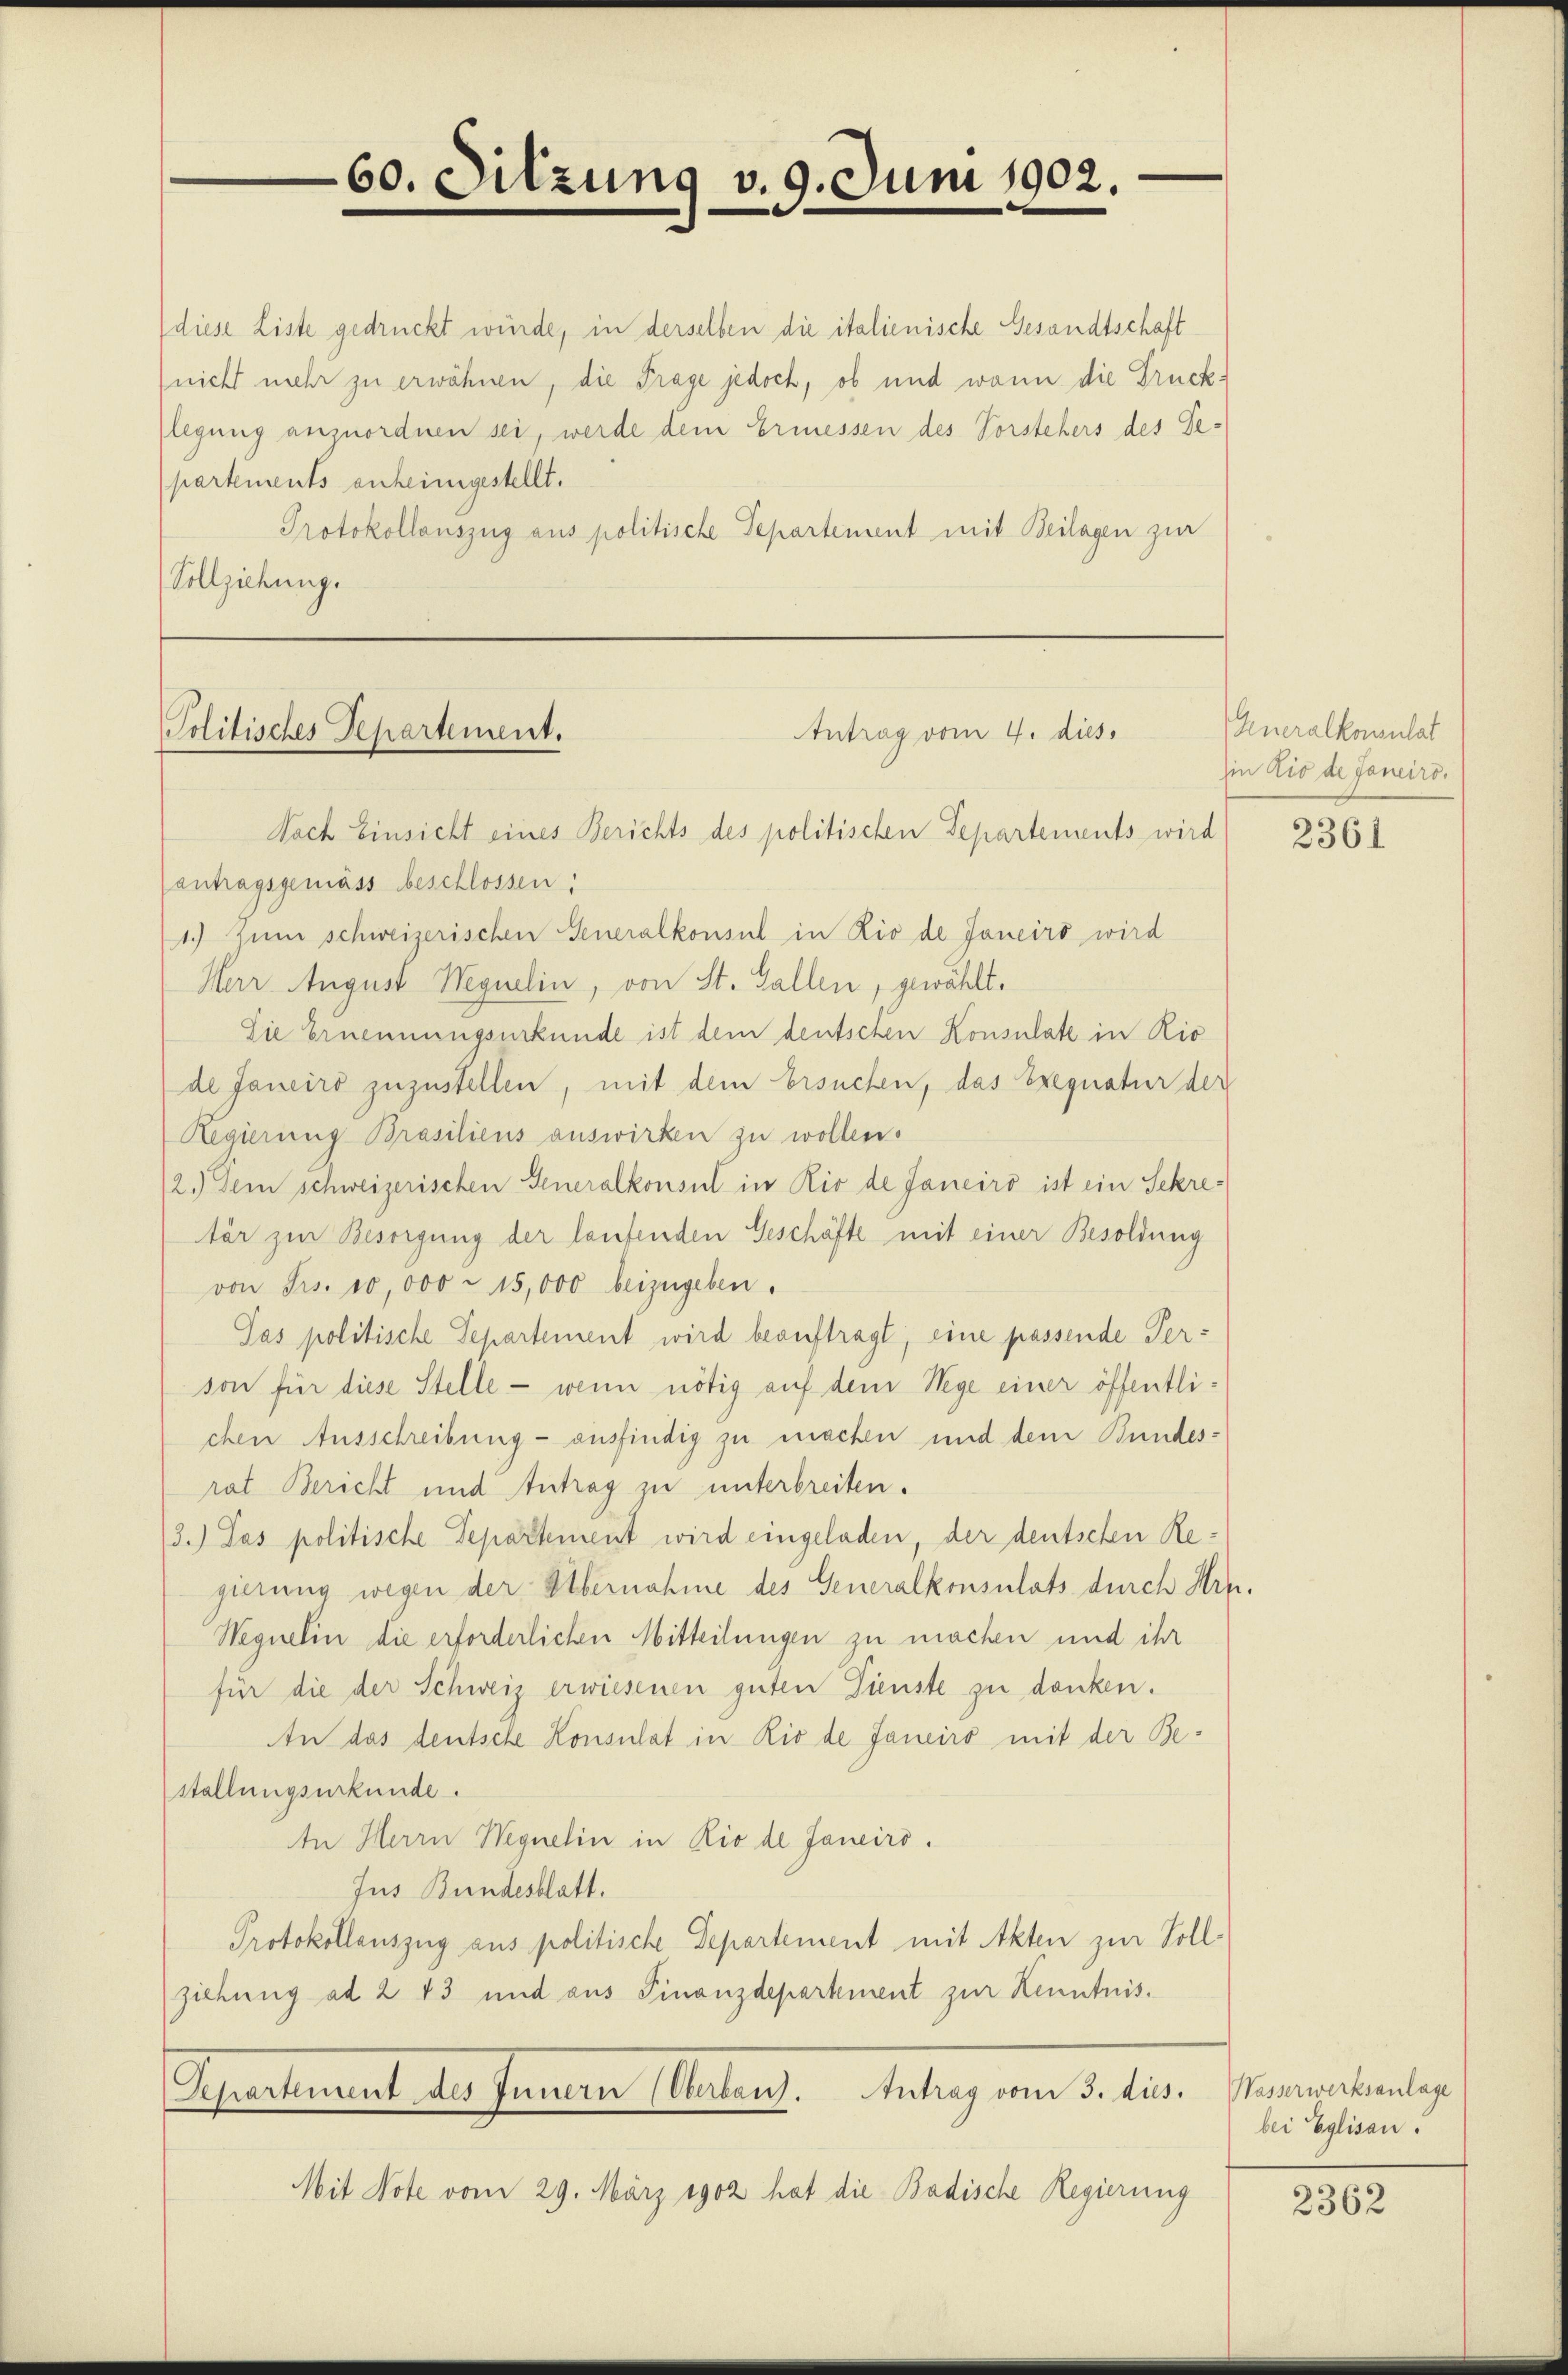
(diese Liste gedruckt würde, in derselben die italienische Gesandtschaft
nicht mehr zu erwähnen, die Frage jedoch, ob und wann die Drucklegung anzuordnen sei, werde dem Ermessen des Vorstehers des Departements anheimgestellt.
Protokollauszug aus politische Departement mit Beilagen zur
Vollziehung.

Politisches Departement.
Antrag vom 4. dies
Nach Einsicht eines Berichts des politischen Departements wird

60. Sitzung v. 9. Juni 1902.
e

antragsgemäss beschlossen:
1.) Zum schweizerischen Generalkonsul in Lio de Janeiro wird
Herr August Weguelin, von St. Gallen, gewählt.
Die Ernennungsurkunde ist dem deutschen Konsulate in Rio
de Janeiro zuzustellen, mit dem Ersuchen, das Exequatur der
Regierung Brasiliens auswirken zu wollen.
2.) Dem schweizerischen Generalkonsul in Rio de Janeiro ist ein Sekretär zur Besorgung der laufenden Geschäfte mit einer Besoldung
von Frs. 10,000 - 15,000 beizugeben.
Pas politische Separtement wird beauftragt, eine passende Person für diese Stelle - wenn nötig auf dem Wege einer öffentlichen Ausschreibung- ausfindig zu machen und dem Bundes-
rat Bericht und Antrag zu unterbreiten.
3.) Das politische Departement wird eingeladen, der deutschen Regierung wegen der Übernahme des Generalkonsulats durch Hrn.
Weguelin die erforderlichen Mitteilungen zu machen und ihr
für die der Schweiz erwiesenen guten Dienste zu danken.
An das deutsche Konsulat in Rio de Janeiro mit der Bestellungsurkunde.
In Herrn Wegnelin in Rio de Janeiro.
Jus Bundesblatt.
Protokollauszug aus politische Departement mit Akten zur Vollziehung ad 2 43 und aus Finanzdepartement zur Kenntnis.
Shartement des Inneren Actens. Antrag vom 3. Jes. Punctenlag
Mit Note vom 29. März 1902 hat die Badische Regierung

Aneralkonsulat
in Lio de Janeiro.

2361

bei Eglisau.

2362